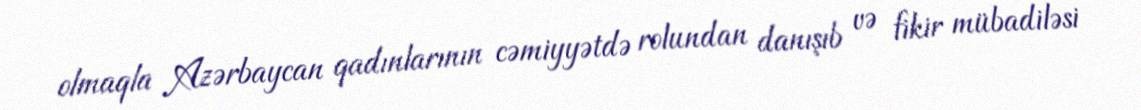
olmaqla Azərbaycan qadınlarının cəmiyyətdə rolundan danışıb və fikir mübadiləsi